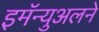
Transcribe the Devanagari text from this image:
इमॅन्युअलने